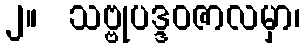
၂။  သဗ္ဗုပဒ္ဒဝဇာလမှာ၊